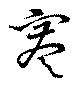
謇